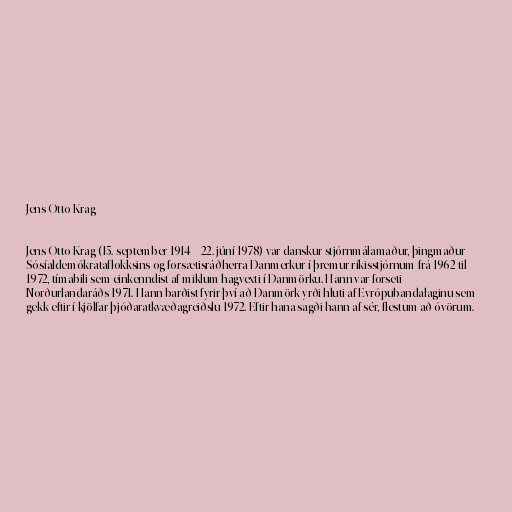
Jens Otto Krag

Jens Otto Krag (15. september 1914 – 22. júní 1978) var danskur stjórnmálamaður, þingmaður
Sósíaldemókrataflokksins og forsætisráðherra Danmerkur í þremur ríkisstjórnum frá 1962 til
1972, tímabili sem einkenndist af miklum hagvexti í Danmörku. Hann var forseti
Norðurlandaráðs 1971. Hann barðist fyrir því að Danmörk yrði hluti af Evrópubandalaginu sem
gekk eftir í kjölfar þjóðaratkvæðagreiðslu 1972. Eftir hana sagði hann af sér, flestum að óvörum.